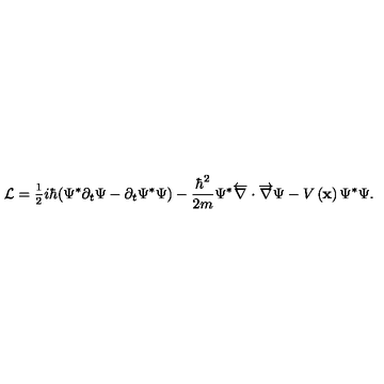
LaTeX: \mathcal { L } = \frac { _ 1 } { ^ 2 } i \hbar ( \Psi ^ { * } \partial _ { t } \Psi - \partial _ { t } \Psi ^ { * } \Psi ) - \frac { \hbar ^ { 2 } } { 2 m } \Psi ^ { * } \overleftarrow { \nabla } \cdot \overrightarrow { \nabla } \Psi - V \left( \mathbf { x } \right) \Psi ^ { * } \Psi .